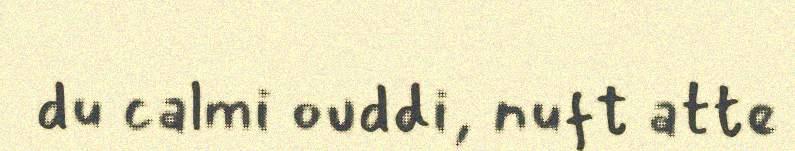
du calmi ouddi, nuft atte